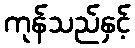
ကုန်သည်နှင့်